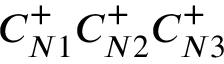
C _ { N 1 } ^ { + } C _ { N 2 } ^ { + } C _ { N 3 } ^ { + }